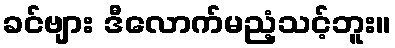
ခင်ဗျား ဒီလောက်မညံ့သင့်ဘူး။